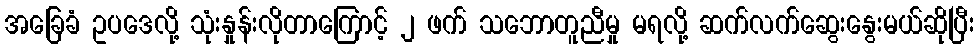
အခြေခံ ဥပဒေလို့ သုံးနှုန်းလိုတာကြောင့် ၂ ဖက် သဘောတူညီမှု မရလို့ ဆက်လက်ဆွေးနွေးမယ်ဆိုပြီး